65_HS1-834228961_62-HQ-83894_Section_10
Agency: FBI
Page 182
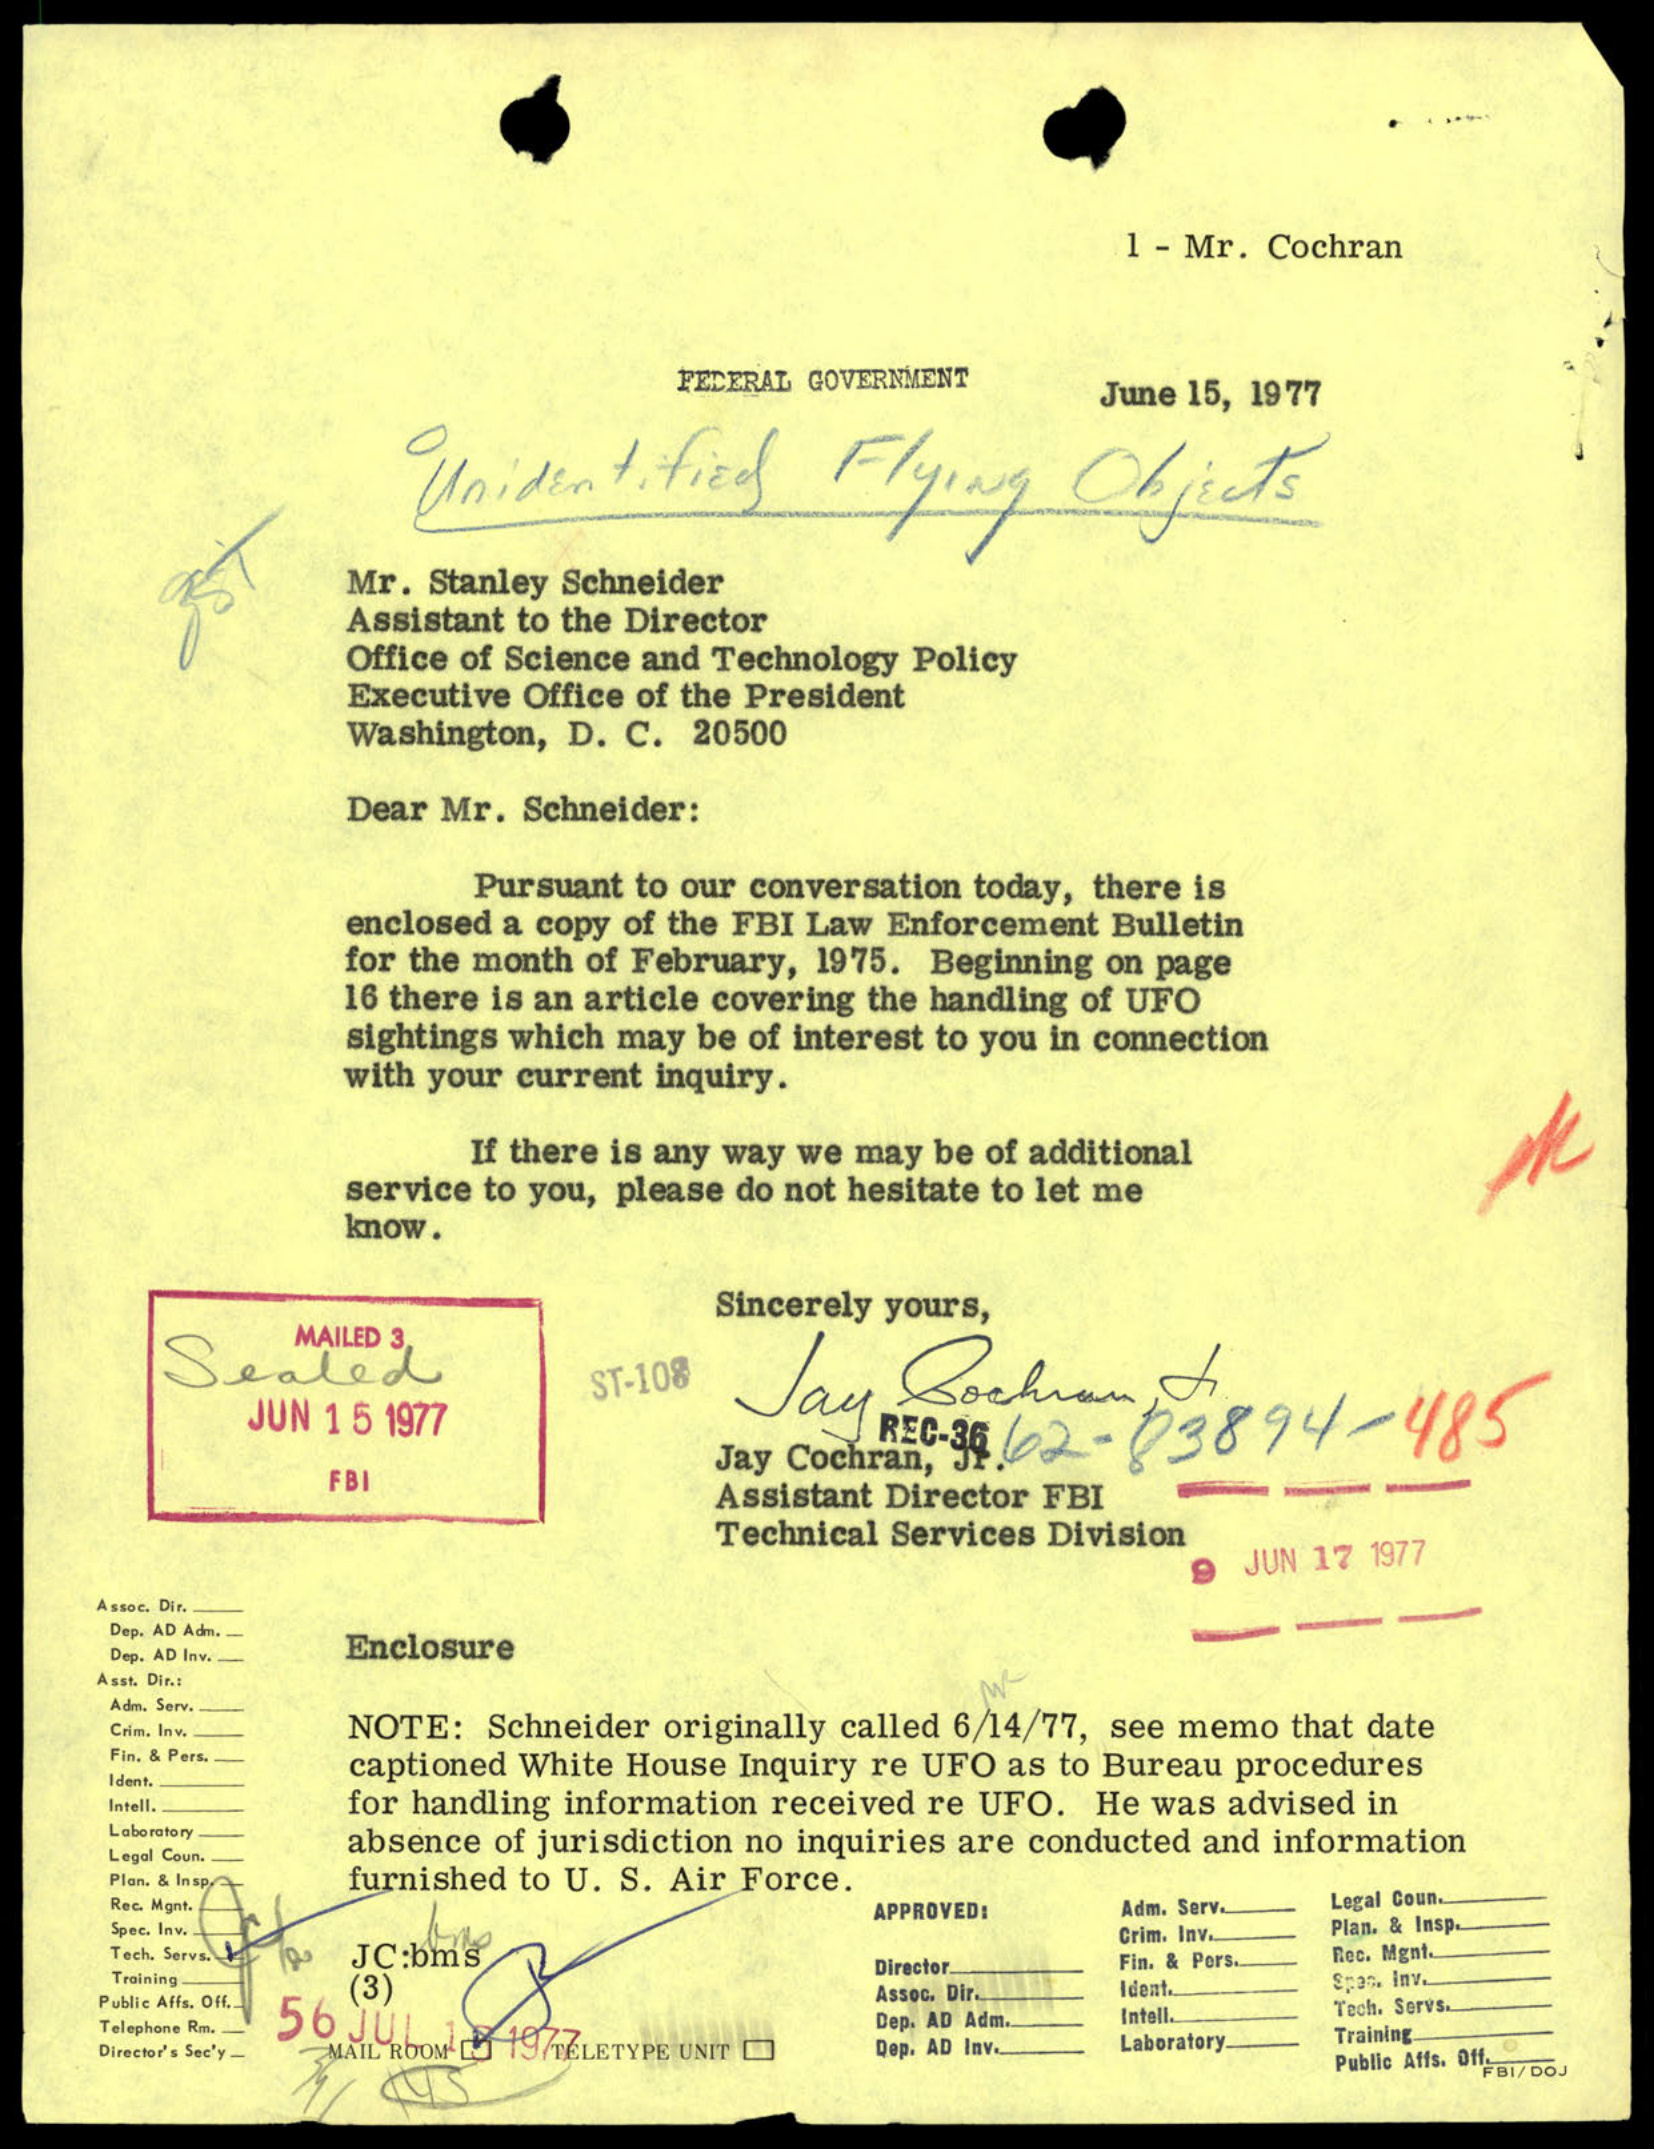